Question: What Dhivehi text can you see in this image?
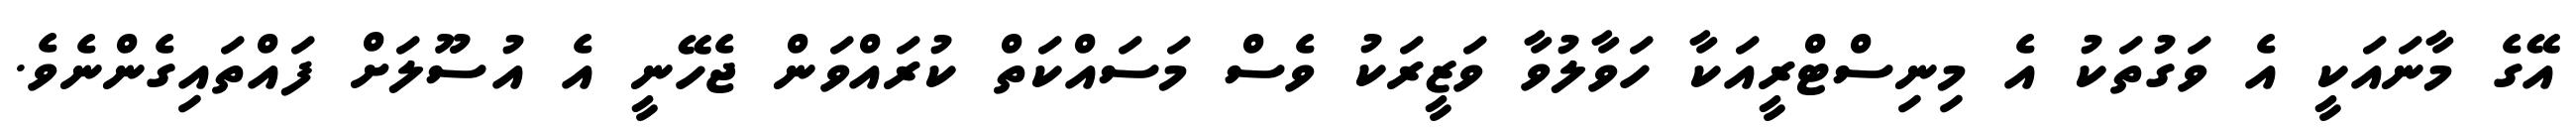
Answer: އޭގެ މާނައަކީ އެ ވަގުތަކު އެ މިނިސްޓްރީއަކާ ހަވާލުވާ ވަޒީރަކު ވެސް މަސައްކަތް ކުރައްވަން ޖެހޭނީ އެ އުސޫލަށް ފައްތައިގެންނެވެ.